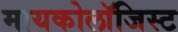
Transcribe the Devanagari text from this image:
मायकोलॉजिस्ट